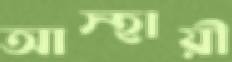
আস্হায়ী